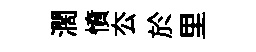
濶憤厺於里